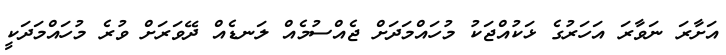
އަށާރަ ނަވާރަ އަހަރުގެ ޅަކުއްޖަކު މުހައްމަދަށް ޖެއްސުމެއް ލަނޑެއް ދޭވަރަށް ވުރެ މުހައްމަދަކީ